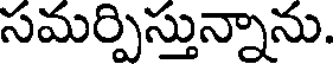
సమర్పిస్తున్నాను.